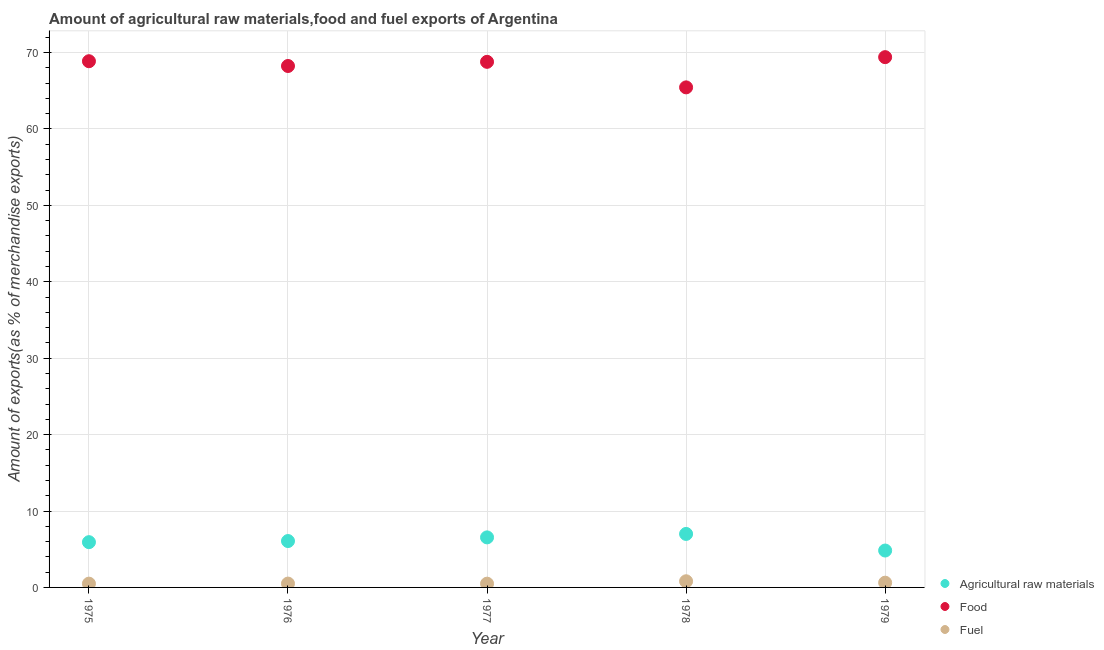
| Year | Agricultural raw materials | Food | Fuel |
 | --- | --- | --- | --- |
 | 1975 | 5.92 | 68.9 | 0.495 |
 | 1976 | 6.07 | 68.2 | 0.503 |
 | 1977 | 6.55 | 68.8 | 0.492 |
 | 1978 | 7 | 65.4 | 0.807 |
 | 1979 | 4.83 | 69.4 | 0.622 |